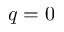
q = 0